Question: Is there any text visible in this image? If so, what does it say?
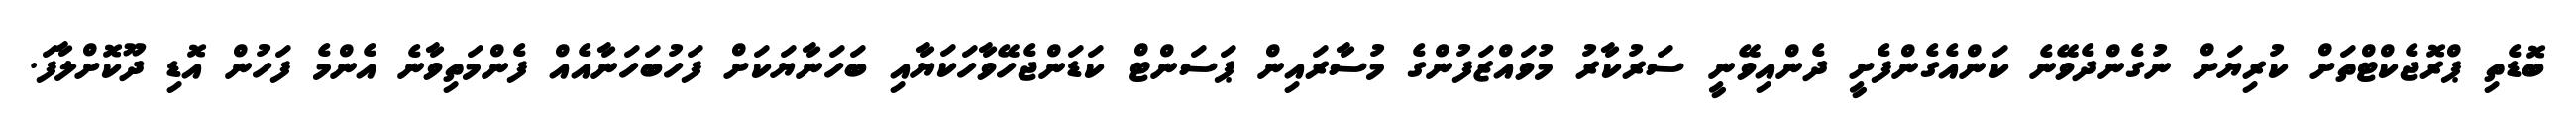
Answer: ބޮޑެތި ޕްރޮޖެކްޓްތަށް ކުރިޔަށް ނުގެންދެވޭނެ ކަންއެގެންފެށީ ދެންއިވޭނީ ސަރުކާރު މުވައްޒަފުންގެ މުސާރައިން ޕަސަންޓް ކަޑަންޖެހޭވާހަކަޔާއި ބަހަނާޔަކަށް ފަހުބަހަނާއެއް ފެންމަތިވާނެ އެންމެ ފަހުން އޮޑި ދޫކޮށްލާފަ.